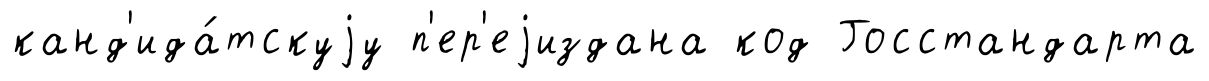
канд'ида́тскуjу п'ер'еjиздана код Госстандарта